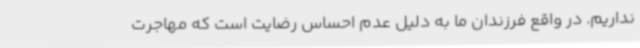
نداریم. در واقع فرزندان ما به دلیل عدم احساس رضایت است که مهاجرت